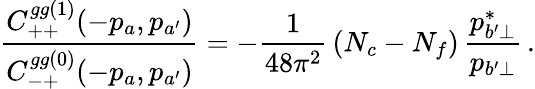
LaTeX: {\frac{C_{++}^{gg(1)}(-p_{a},p_{a^{\prime}})}{C_{-+}^{gg(0)}(-p_{a},p_{a^{\prime}})}}=-{\frac{1}{48\pi^{2}}}\, (N_{c}-N_{f})\, {\frac{p_{b^{\prime}\perp}^{*}}{p_{b^{\prime}\perp}}}\, .